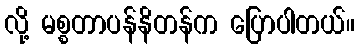
လို့ မစ္စတာပန်နိတန်က ပြောပါတယ်။